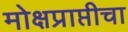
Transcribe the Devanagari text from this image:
मोक्षप्राप्तीचा